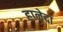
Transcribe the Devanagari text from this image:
हानेदा